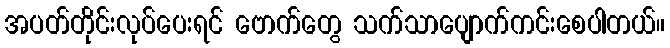
အပတ်တိုင်းလုပ်ပေးရင် ဗောက်တွေ သက်သာပျောက်ကင်းစေပါတယ်။